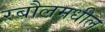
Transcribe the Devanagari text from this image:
रबौलमधील